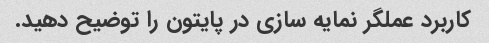
کاربرد عملگر نمایه سازی در پایتون را توضیح دهید.